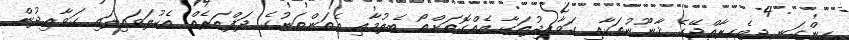
ހިންގަނީ ދިވެހިރާއްޖޭގެ ޤާނޫނުތަކާއި ގަވާއިދުތަކާ އެއްގޮތަށްތޯ ބެލުމާއި އެތަންތަނުގެ ދަފްތަރެއް އެކުލަވައިލައި ގަވާއިދުން